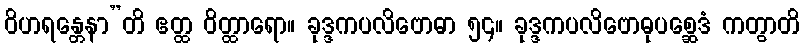
ဝိဟရန္တေနာ”တိ ဧတ္ထ ဝိတ္ထာရော။ ခုဒ္ဒကပလိဗောဓာ ၅၄။ ခုဒ္ဒကပလိဗောဓုပစ္ဆေဒံ ကတွာတိ